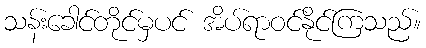
သန်းခေါင်တိုင်မှပင် အိပ်ရာဝင်နိုင်ကြသည်။